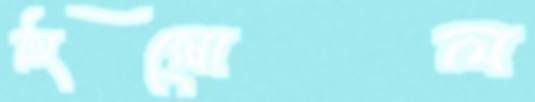
হিল্লোল